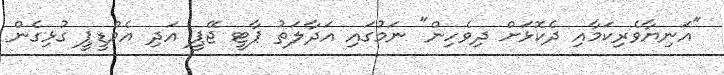
"އަނިޔާވެރިކަމާއި ދެކޮޅަށް ދިވެހިން" ނަމުގައި އަދާލަތު ޕާޓީ ޖޭޕީ އަދި އެމްޑީޕީ ގުޅިގެން